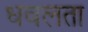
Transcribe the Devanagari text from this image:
धवलता